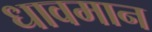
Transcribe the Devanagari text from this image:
धावमान